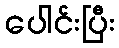
ပေါင်းပြီး